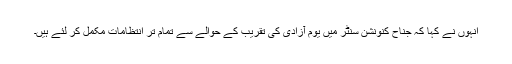
انہوں نے کہا کہ جناح کنونشن سنٹر میں یوم آزادی کی تقریب کے حوالے سے تمام تر انتظامات مکمل کر لئے ہیں۔